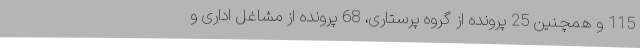
115 و همچنین 25 پرونده از گروه پرستاری، 68 پرونده از مشاغل اداری و